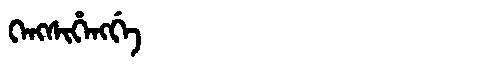
Manchu: ᡴᡝᠩᠰᡳᡥᡝᠩᡤᡝ
Romanization: KENGSIHENGGE